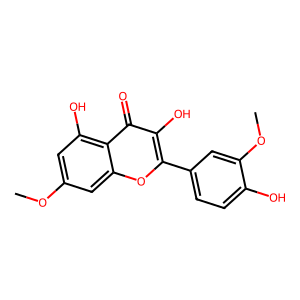
SMILES: COc1cc(O)c2c(=O)c(O)c(-c3ccc(O)c(OC)c3)oc2c1
Inhibits HIV replication: No